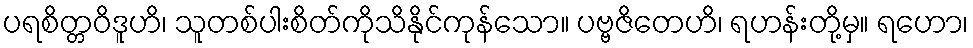
ပရစိတ္တဝိဒူဟိ၊ သူတစ်ပါးစိတ်ကိုသိနိုင်ကုန်သော။ ပဗ္ဗဇိတေဟိ၊ ရဟန်းတို့မှ။ ရဟော၊